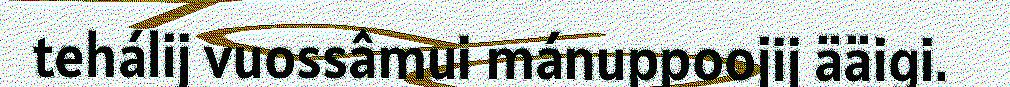
tehálij vuossâmui mánuppoojij ääigi.